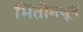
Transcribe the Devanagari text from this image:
भिंतीमधून